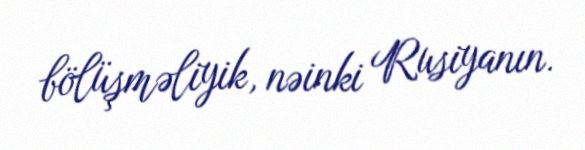
bölüşməliyik, nəinki Rusiyanın.